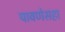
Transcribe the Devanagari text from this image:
पावणेसहा